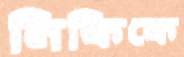
নিকিকে